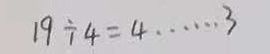
1 9 \div 4 = 4 \cdots 3